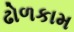
ઢોળકામ